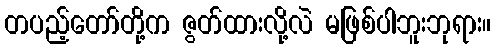
တပည့်တော်တို့က ဇွတ်ထားလို့လဲ မဖြစ်ပါဘူးဘုရား။